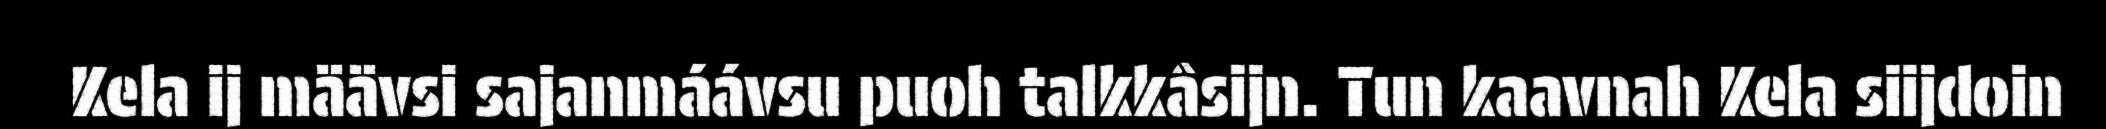
Kela ij määvsi sajanmáávsu puoh talkkâsijn. Tun kaavnah Kela siijdoin